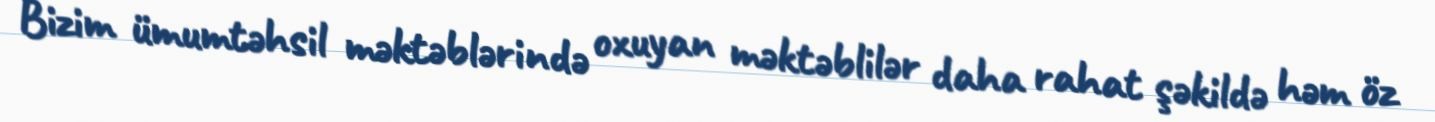
Bizim ümumtəhsil məktəblərində oxuyan məktəblilər daha rahat şəkildə həm öz